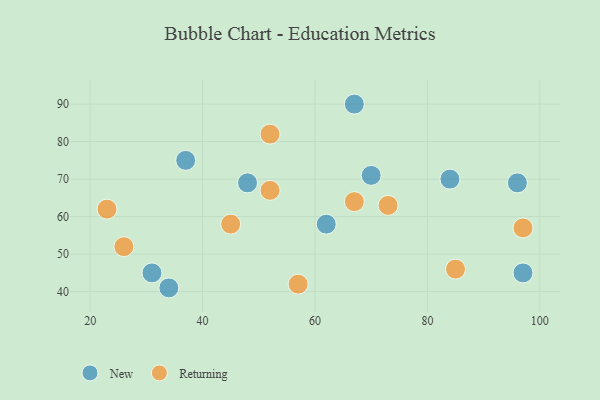
{"axis": {"x": "GDP", "y": "Life Expectancy"}, "legend": ["New", "Returning"], "data": [{"x": "37", "y": 75, "type": "New"}, {"x": "84", "y": 70, "type": "New"}, {"x": "48", "y": 69, "type": "New"}, {"x": "31", "y": 45, "type": "New"}, {"x": "34", "y": 41, "type": "New"}, {"x": "97", "y": 45, "type": "New"}, {"x": "96", "y": 69, "type": "New"}, {"x": "62", "y": 58, "type": "New"}, {"x": "70", "y": 71, "type": "New"}, {"x": "67", "y": 90, "type": "New"}, {"x": "45", "y": 58, "type": "Returning"}, {"x": "73", "y": 63, "type": "Returning"}, {"x": "23", "y": 62, "type": "Returning"}, {"x": "85", "y": 46, "type": "Returning"}, {"x": "52", "y": 67, "type": "Returning"}, {"x": "67", "y": 64, "type": "Returning"}, {"x": "52", "y": 82, "type": "Returning"}, {"x": "26", "y": 52, "type": "Returning"}, {"x": "97", "y": 57, "type": "Returning"}, {"x": "57", "y": 42, "type": "Returning"}]}